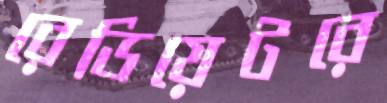
রেডিয়েটরে